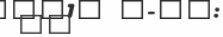
١٤